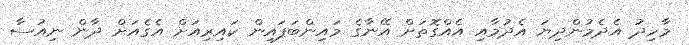
މާހިދު އެދެމުންދިޔަ އެދުމާއި އެއްގޮތަށް އޭނާގެ މައިންބަފައިން ކައިރިއަށް އެގެއަށް ދާން ނިއުސާ